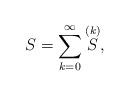
LaTeX: \begin{align*}S=\sum_{k=0}^{\infty} {\raise1.2pt\hbox{$ \stackrel{(k)}{S}$}},\end{align*}